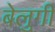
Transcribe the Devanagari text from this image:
बेलुगी